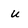
Character: u